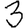
Digit: 3